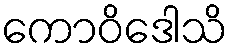
ကောဝိဒေါသိ